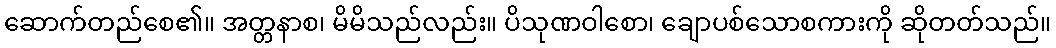
ဆောက်တည်စေ၏။ အတ္တနာစ၊ မိမိသည်လည်း။ ပိသုဏဝါစော၊ ချောပစ်သောစကားကို ဆိုတတ်သည်။